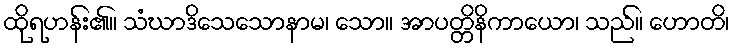
ထိုရဟန်း၏။ သံဃာဒိသေသောနာမ၊ သော။ အာပတ္တိနိကာယော၊ သည်။ ဟောတိ၊